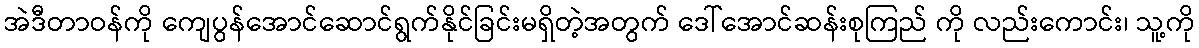
အဲဒီတာဝန်ကို ကျေပွန်အောင်ဆောင်ရွက်နိုင်ခြင်းမရှိတဲ့အတွက် ဒေါ်အောင်ဆန်းစုကြည် ကို လည်းကောင်း၊ သူ့ကို